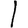
Digit: 1